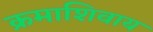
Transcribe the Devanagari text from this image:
क्रमाशिवाय